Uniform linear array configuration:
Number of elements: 32
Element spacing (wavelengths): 0.75
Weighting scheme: exponential
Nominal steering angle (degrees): -60
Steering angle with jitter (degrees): -59.495
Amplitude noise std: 0.05
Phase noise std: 0.05

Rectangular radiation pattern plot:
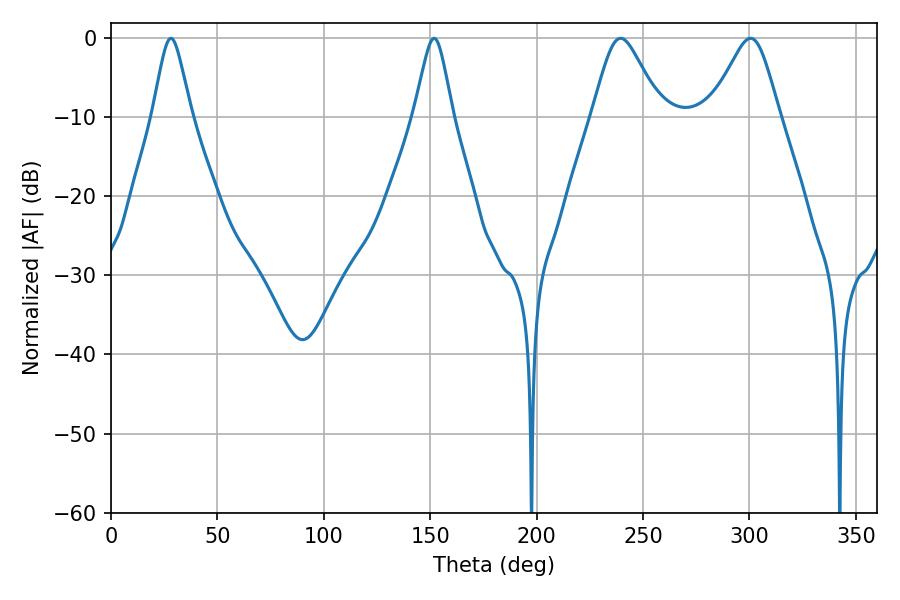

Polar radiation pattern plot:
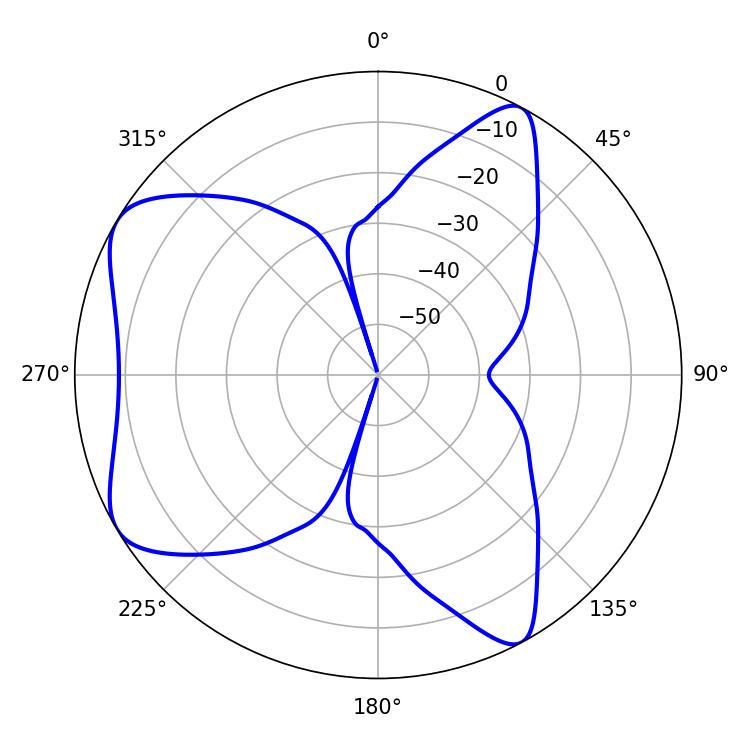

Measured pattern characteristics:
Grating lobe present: TRUE
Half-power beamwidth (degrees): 15.66
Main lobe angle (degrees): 239.4